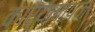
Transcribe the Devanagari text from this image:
कार्यमापन